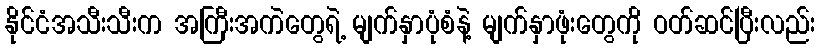
နိုင်ငံအသီးသီးက အကြီးအကဲတွေရဲ့ မျက်နှာပုံစံနဲ့ မျက်နှာဖုံးတွေကို ဝတ်ဆင်ပြီးလည်း